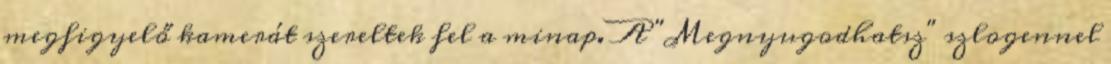
megfigyelő kamerát szereltek fel a minap. A "Megnyugodhatsz" szlogennel